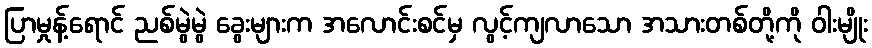
ပြာမှုန့်ရောင် ညစ်မွဲမွဲ ခွေးများက အလောင်းစင်မှ လွင့်ကျလာသော အသားတစ်တို့ကို ဝါးမျိုး